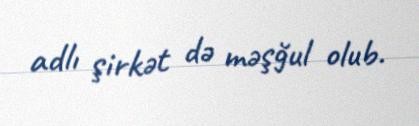
adlı şirkət də məşğul olub.